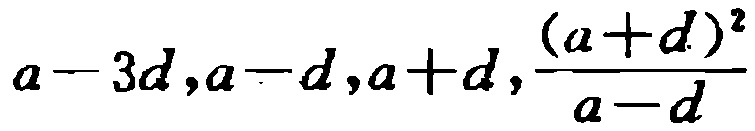
\(a - 3d,a - d,a + d,\frac{(a + d)^2}{a - d}\)